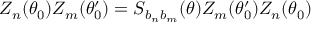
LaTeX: Z _ { n } ( \theta _ { 0 } ) Z _ { m } ( \theta _ { 0 } ^ { \prime } ) = S _ { b _ { n } b _ { m } } ( \theta ) Z _ { m } ( \theta _ { 0 } ^ { \prime } ) Z _ { n } ( \theta _ { 0 } )